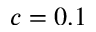
c = 0 . 1